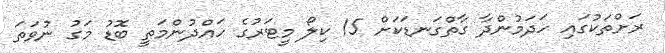
ރަށްތަކުގައި ހަދަމުންދާ ގާތްގަނޑަކަށް 15 ކިލޯ މީޓަރުގެ ހައްދުންމަތީ ބޮޑު މަގު ނުވަތަ